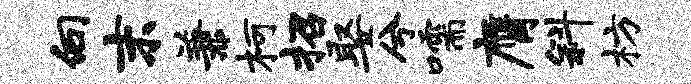
向末兼柯招娶兮嚅膺斜枋